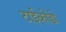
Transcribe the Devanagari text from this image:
टाईकोंडो